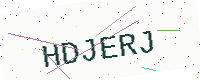
Text: HDJERJ